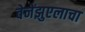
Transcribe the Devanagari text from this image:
वेनेंझुएलाचा